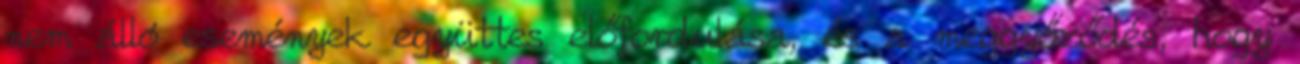
nem álló események együttes előfordulása, és a meggyőződés, hogy